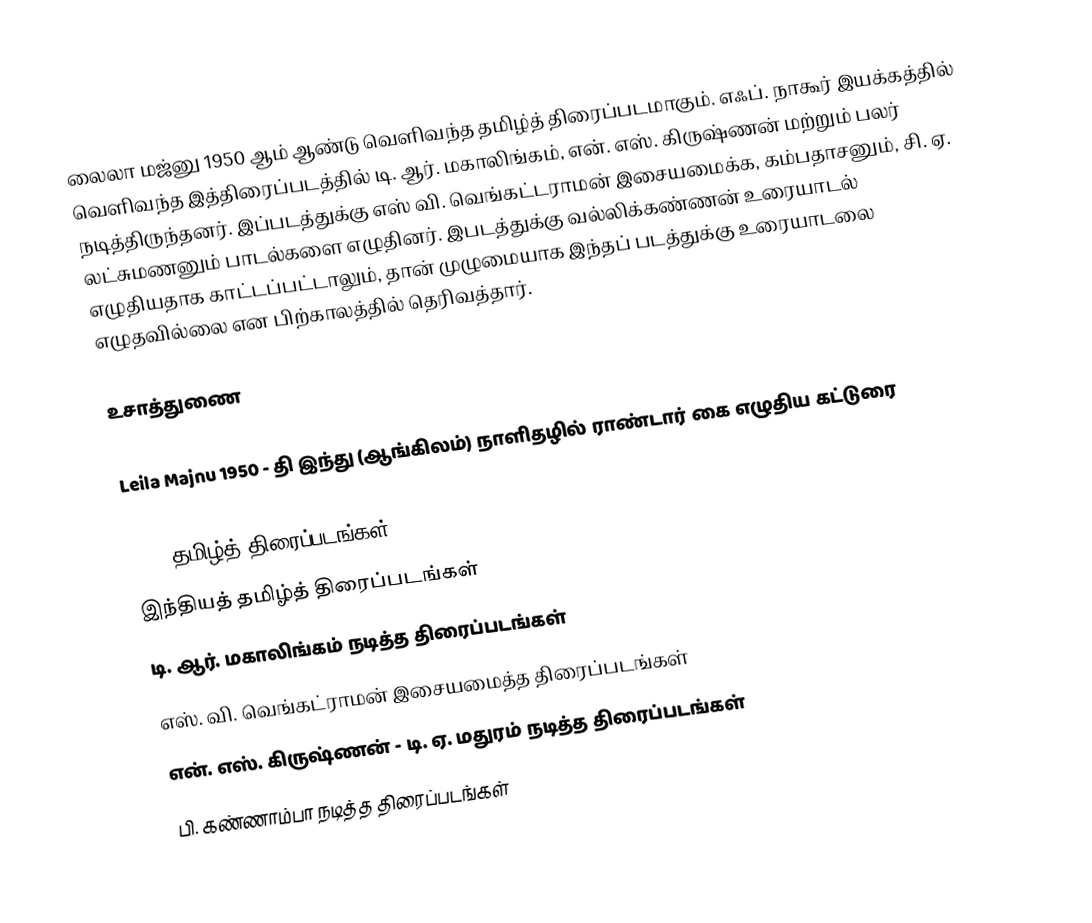
லைலா மஜ்னு 1950 ஆம் ஆண்டு வெளிவந்த தமிழ்த் திரைப்படமாகும். எஃப். நாகூர் இயக்கத்தில் வெளிவந்த இத்திரைப்படத்தில் டி. ஆர். மகாலிங்கம், என். எஸ். கிருஷ்ணன் மற்றும் பலர் நடித்திருந்தனர். இப்படத்துக்கு எஸ் வி. வெங்கட்டராமன் இசையமைக்க, கம்பதாசனும், சி. ஏ. லட்சுமணனும் பாடல்களை எழுதினர். இபடத்துக்கு  வல்லிக்கண்ணன் உரையாடல் எழுதியதாக காட்டப்பட்டாலும், தான் முழுமையாக இந்தப் படத்துக்கு உரையாடலை எழுதவில்லை என பிற்காலத்தில் தெரிவத்தார்.

உசாத்துணை

Leila Majnu 1950 - தி இந்து (ஆங்கிலம்) நாளிதழில் ராண்டார் கை எழுதிய கட்டுரை

1950 தமிழ்த் திரைப்படங்கள்
இந்தியத் தமிழ்த் திரைப்படங்கள்
டி. ஆர். மகாலிங்கம் நடித்த திரைப்படங்கள்
எஸ். வி. வெங்கட்ராமன் இசையமைத்த திரைப்படங்கள்
என். எஸ். கிருஷ்ணன் - டி. ஏ. மதுரம் நடித்த திரைப்படங்கள்
பி. கண்ணாம்பா நடித்த திரைப்படங்கள்